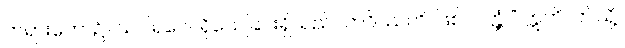
တရားတော်၌။ သဂါရဝေါ၊ ရိုသေခြင်းရှိသည်။ ဘဝိဿတိ၊ ဖြစ်လတ္တံ့။” ဣတိ၊ ဤသို့။